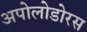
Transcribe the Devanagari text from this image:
अपोलोडोरस